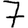
Digit: 7